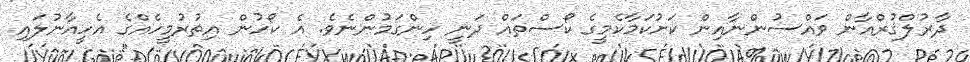
ދާރުލްޤުރްއާން ވައްސުންނާއިން ކަށުކަމާކެމީގެ ކޯސްތައް ދަނީ ހިންގަމުންނެވެ. އެ ކޯހުން އިތުރުމީހެއްގެ އެހީއާނުލައި